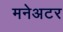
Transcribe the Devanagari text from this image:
मनेअटर